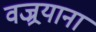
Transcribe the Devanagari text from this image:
वज्र्रयाना